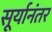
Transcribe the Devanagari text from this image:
सूर्यानंतर